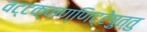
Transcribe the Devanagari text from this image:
वट्टक्कण्णिट्टेषु़त्तु